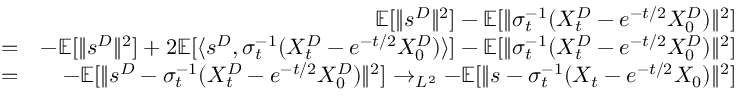
\begin{array} { r l r } & { } & { \mathbb { E } [ \| s ^ { D } \| ^ { 2 } ] - \mathbb { E } [ \| \sigma _ { t } ^ { - 1 } ( X _ { t } ^ { D } - e ^ { - t / 2 } X _ { 0 } ^ { D } ) \| ^ { 2 } ] } \\ & { = } & { - \mathbb { E } [ \| s ^ { D } \| ^ { 2 } ] + 2 \mathbb { E } [ \langle s ^ { D } , \sigma _ { t } ^ { - 1 } ( X _ { t } ^ { D } - e ^ { - t / 2 } X _ { 0 } ^ { D } ) \rangle ] - \mathbb { E } [ \| \sigma _ { t } ^ { - 1 } ( X _ { t } ^ { D } - e ^ { - t / 2 } X _ { 0 } ^ { D } ) \| ^ { 2 } ] } \\ & { = } & { - \mathbb { E } [ \| s ^ { D } - \sigma _ { t } ^ { - 1 } ( X _ { t } ^ { D } - e ^ { - t / 2 } X _ { 0 } ^ { D } ) \| ^ { 2 } ] \rightarrow _ { L ^ { 2 } } - \mathbb { E } [ \| s - \sigma _ { t } ^ { - 1 } ( X _ { t } - e ^ { - t / 2 } X _ { 0 } ) \| ^ { 2 } ] } \end{array}